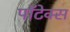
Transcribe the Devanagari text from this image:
पॉटेक्स